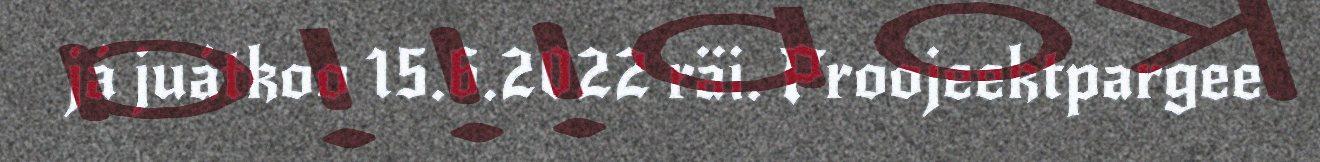
já juátkoo 15.6.2022 räi. Proojeektpargee